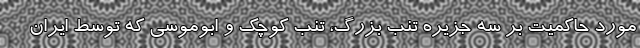
مورد حاکمیت بر سه جزیره تنب بزرگ، تنب کوچک و ابوموسی که توسط ایران